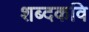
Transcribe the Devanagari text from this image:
शब्दकवि